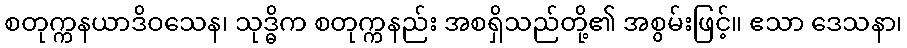
စတုက္ကနယာဒိဝသေန၊ သုဒ္ဓိက စတုက္ကနည်း အစရှိသည်တို့၏ အစွမ်းဖြင့်။ ဧသာ ဒေသနာ၊